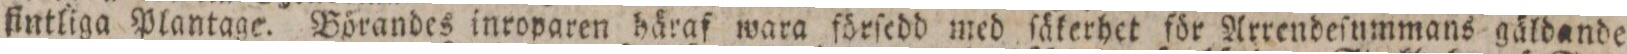
ſintliga Plantage. Börandes inroparen häraf wara förſedd med ſäkerhet för Arrendeſummans gäldande